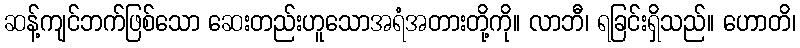
ဆန့်ကျင်ဘက်ဖြစ်သော ဆေးတည်းဟူသောအရံအတားတို့ကို။ လာဘီ၊ ရခြင်းရှိသည်။ ဟောတိ၊